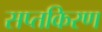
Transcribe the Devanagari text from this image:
सप्तकिरण